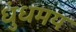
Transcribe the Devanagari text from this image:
धुंधमय